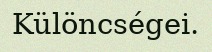
Különcségei.